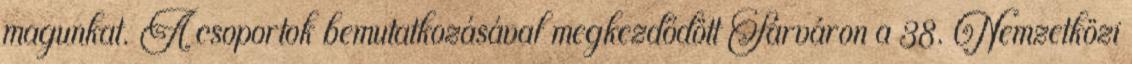
magunkat. A csoportok bemutatkozásával megkezdődött Sárváron a 38. Nemzetközi